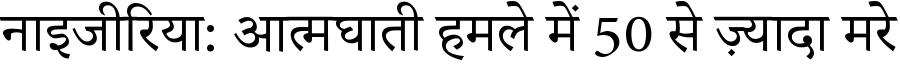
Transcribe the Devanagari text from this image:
नाइजीरिया: आत्मघाती हमले में 50 से ज़्यादा मरे